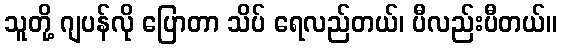
သူတို့ ဂျပန်လို ပြောတာ သိပ် ရေလည်တယ်၊ ပီလည်းပီတယ်။